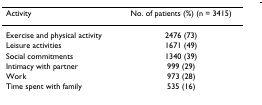
<table><thead><tr><td><b>Activity</b></td><td><b>No. of patients (%) (n = 3415)</b></td></tr></thead><tbody><tr><td>Exercise and physical activity</td><td>2476 (73)</td></tr><tr><td>Leisure activities</td><td>1671 (49)</td></tr><tr><td>Social commitments</td><td>1340 (39)</td></tr><tr><td>Intimacy with partner</td><td>999 (29)</td></tr><tr><td>Work</td><td>973 (28)</td></tr><tr><td>Time spent with family</td><td>535 (16)</td></tr></tbody></table>